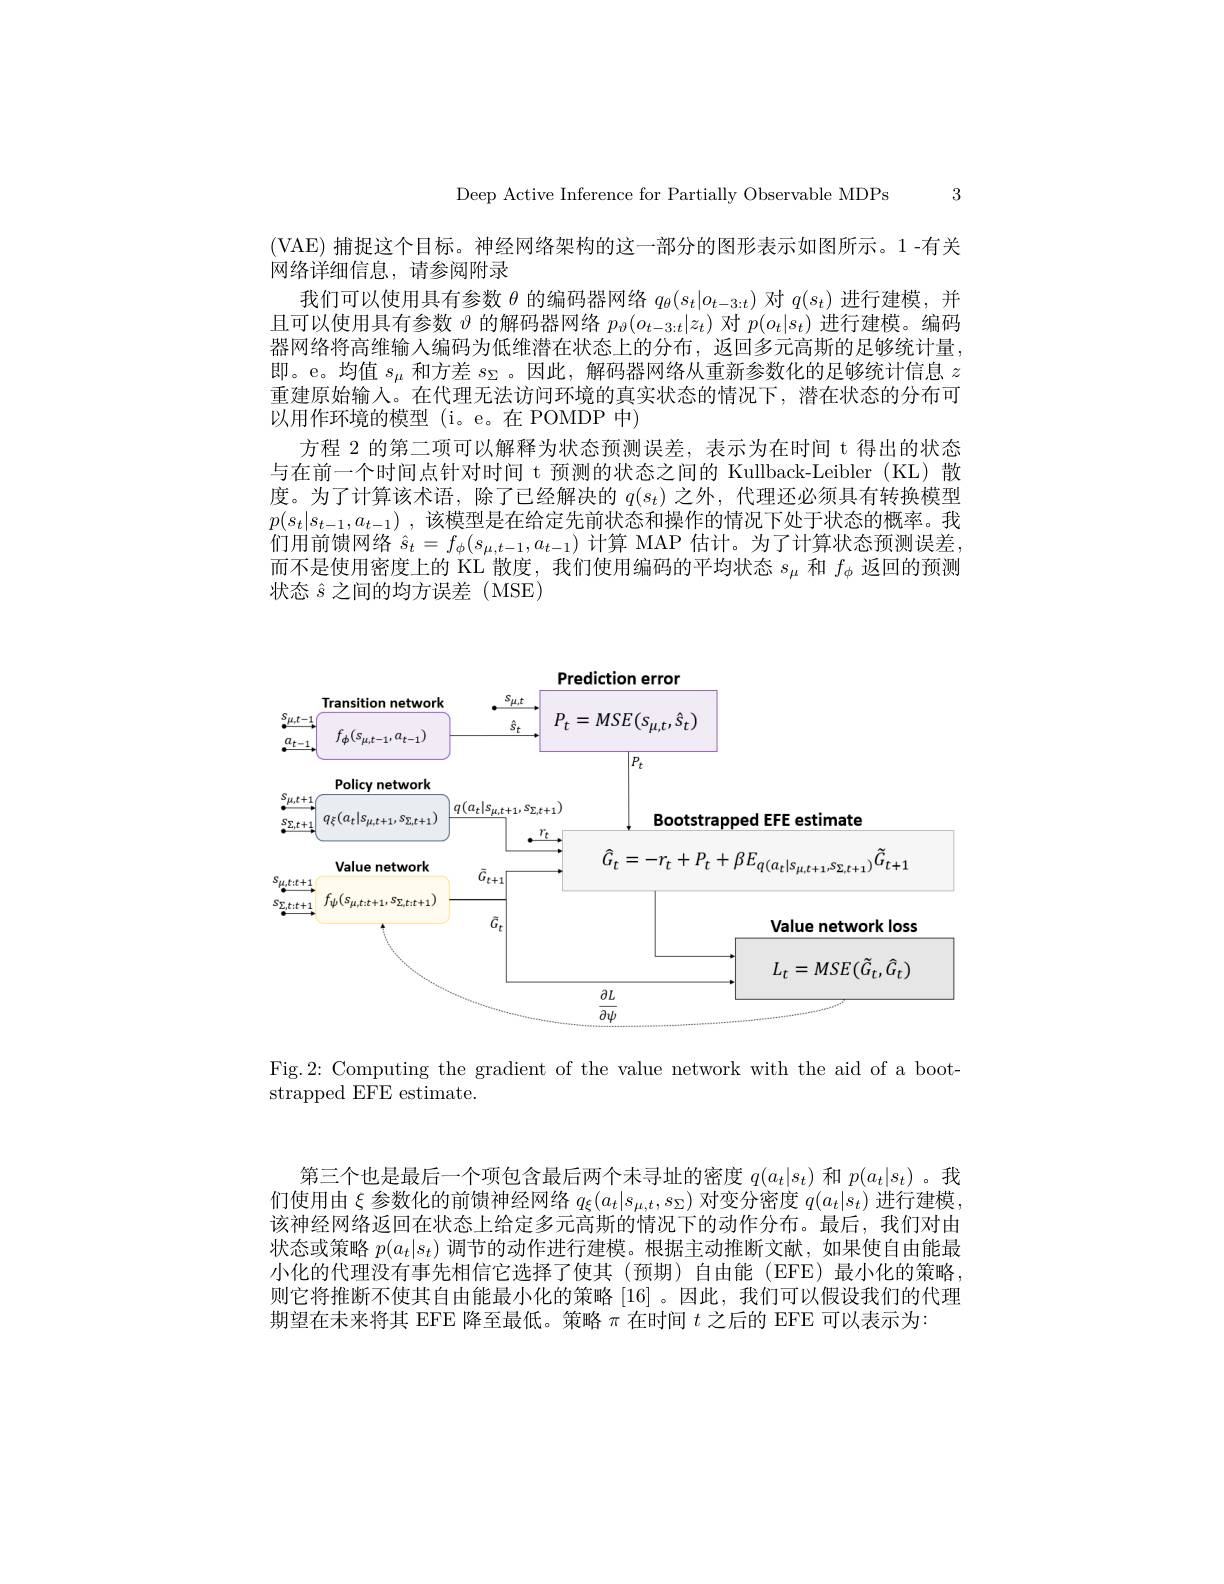
Deep Active Inference for Partially Observable MDPs 3

(VAE)捕捉这个目标。神经网络架构的这一部分的图形表示如图所示。1-有关
网络详细信息，请参阅附录
我们可以使用具有参数$\theta$的编码器网络$q_\theta(s_t|o_{t-3:t})$对$q(s_t)$进行建模，并且可以使用具有参数$\vartheta$的解码器网络$p_{\vartheta}(o_{t-3:t}|z_{t})$对$p(o_{t}|s_{t})$进行建模。编码器网络将高维输入编码为低维潜在状态上的分布，返回多元高斯的足够统计量， 即。e。均值$s_\mathrm{\mu}$和方差$s_\Sigma$ 。因此，解码器网络从重新参数化的足够统计信息$z$ 重建原始输入。在代理无法访问环境的真实状态的情况下，潜在状态的分布可以用作环境的模型(i。e。在POMDP 中)
方程 2 的第二项可以解释为状态预测误差，表示为在时间 t 得出的状态与在前一个时间点针对时间 t 预测的状态之间的 Kullback-Leibler (KL)散度。为了计算该术语，除了已经解决的$q(s_t)$之外，代理还必须具有转换模型$p( s_t| s_{t- 1}, a_{t- 1})$ ,该模型是在给定先前状态和操作的情况下处于状态的概率。我们用前馈网络$\hat{s}_t=f_\phi(s_{\mu,t-1},a_{t-1})$计算 MAP 估计。为了计算状态预测误差， 而不是使用密度上的 KL 散度，我们使用编码的平均状态$s_\mu$和$f_\phi$返回的预测状态$\hat{s}$之间的均方误差(MSE)

<FigureHere>

Fig.2: Computing the gradient of the value network with the aid of a boot-
strapped EFE estimate.

第三个也是最后一个项包含最后两个未寻址的密度$q(a_t|s_t)$和$p(a_t|s_t)$ 。我们使用由$\xi$参数化的前馈神经网络$q_\xi(a_t|s_{\mu,t},s_\Sigma)$对变分密度$q(a_t|s_t)$进行建模， 该神经网络返回在状态上给定多元高斯的情况下的动作分布。最后，我们对由状态或策略$p(a_t|s_t)$调节的动作进行建模。根据主动推断文献，如果使自由能最小化的代理没有事先相信它选择了使其(预期)自由能(EFE)最小化的策略， 则它将推断不使其自由能最小化的策略[16]。因此，我们可以假设我们的代理期望在末来将其 EFE 降至最低。策略$\pi$在时间$t$之后的 EFE 可以表示为：